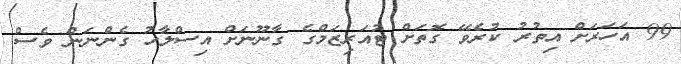
99 އަހަރަށް އިތުރު ކުރެވޭ ގޮތަށް ޓުއަރިޒަމްގެ ގާނޫނަށް އިސްލާހު ގެންނަން ވެސް